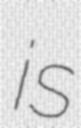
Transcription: is